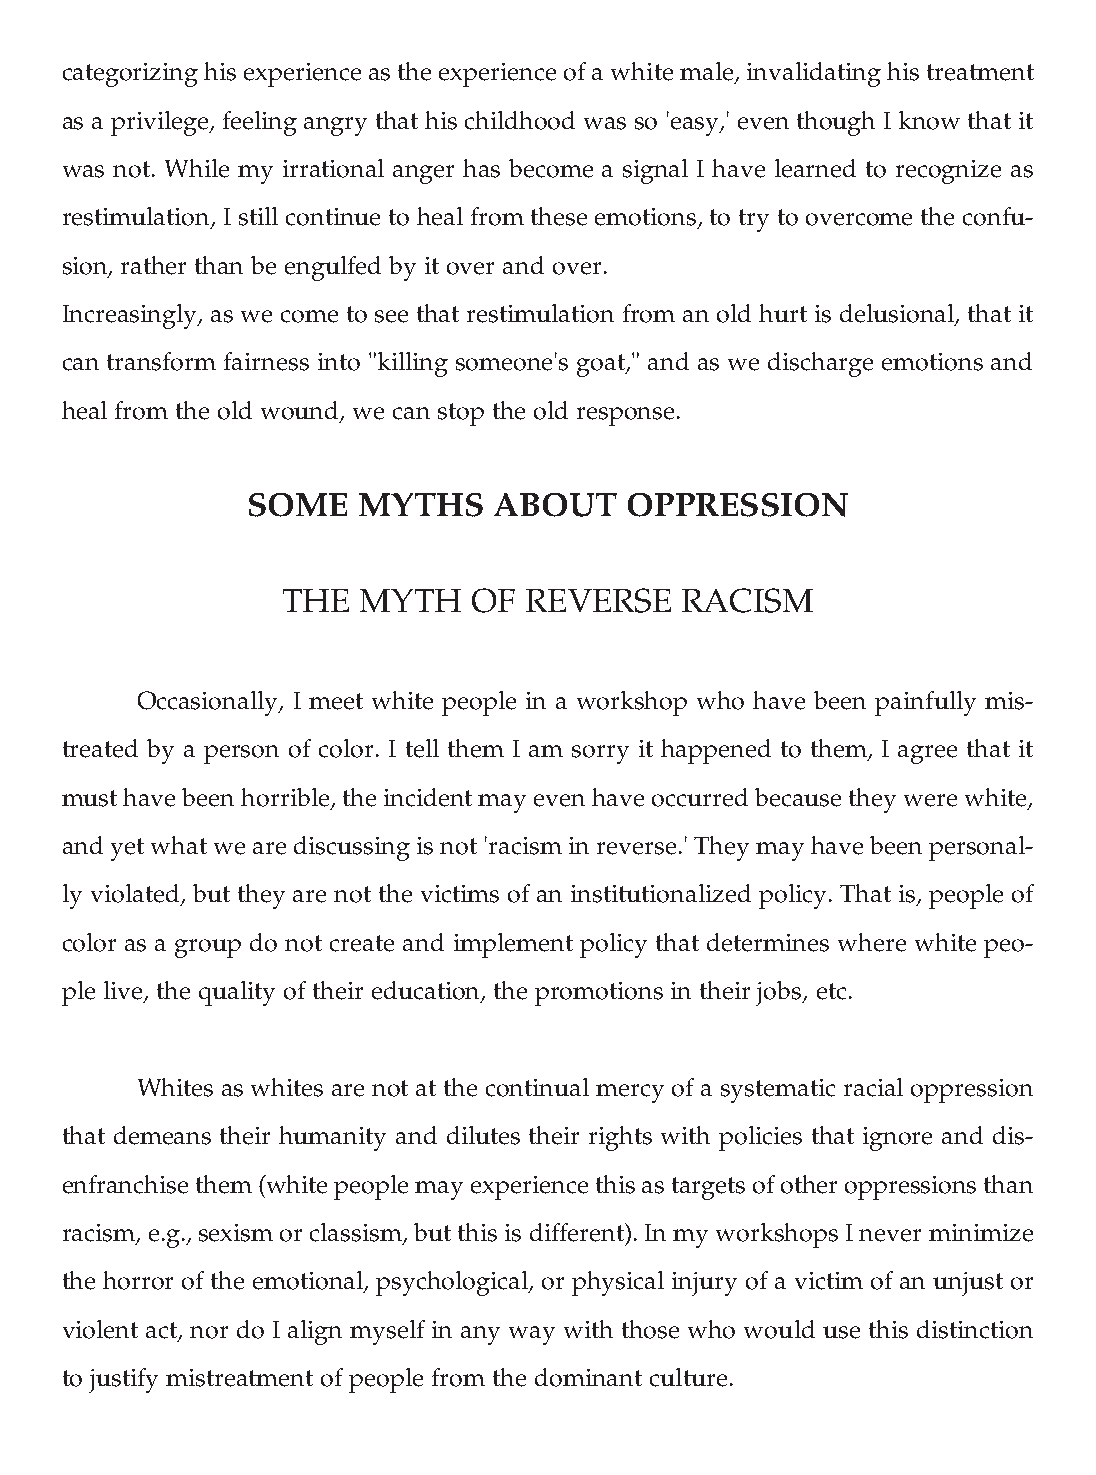
categorizing his experience as the experience of a white male, invalidating his treatment
 as a privilege, feeling angry that his childhood was so 'easy,' even though I know that it
 was not. While my irrational anger has become a signal I have learned to recognize as
 restimulation, I still continue to heal from these emotions, to try to overcome the confu-
 sion, rather than be engulfed by it over and over.
 Increasingly, as we come to see that restimulation from an old hurt is delusional, that it
 can transform fairness into "killing someone's goat," and as we discharge emotions and
 heal from the old wound, we can stop the old response.
 SOME    MYTHS    ABOUT   OPPRESSION
 THE  MYTH   OF  REVERSE   RACISM
 Occasionally, I meet white people in a workshop who have been painfully mis-
 treated by a person of color. I tell them I am sorry it happened to them, I agree that it
 must have been horrible, the incident may even have occurred because they were white,
 and yet what we are discussing is not 'racism in reverse.' They may have been personal-
 ly violated, but they are not the victims of an institutionalized policy. That is, people of
 color as a group do not create and implement policy that determines where white peo-
 ple live, the quality of their education, the promotions in their jobs, etc.
 Whites as whites are not at the continual mercy of a systematic racial oppression
 that demeans their humanity and dilutes their rights with policies that ignore and dis-
 enfranchise them (white people may experience this as targets of other oppressions than
 racism, e.g., sexism or classism, but this is different). In my workshops I never minimize
 the horror of the emotional, psychological, or physical injury of a victim of an unjust or
 violent act, nor do I align myself in any way with those who would use this distinction
 to justify mistreatment of people from the dominant culture.